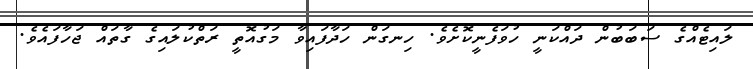
ލައިޓެއްގެ ސަބަބުން ދައްކަނީ ހުވަފެނީކޮށެވެ. ހިނގަން ހަދާފައިވާ މަގުއޮތީ ރަތްކުލައިގެ ގާތައް ޖަހާފައެވެ.